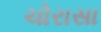
ચોરાસા